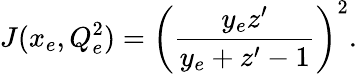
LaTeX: J(x_{e},Q_{e}^{2})=\left(\frac{y_{e}z^{\prime}}{y_{e}+z^{\prime}-1}\right)^{2}.